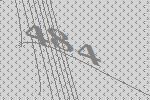
484